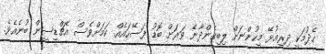
ހެދުމަކީ ދިރިއުޅޭ މީހުންނަށް ލިބިގެންދާނެ ވަރަށް ބޮޑު ފަސޭހައެއް ކަމަށްވެސް އެޗްޑީސީން ބުނެއެވެ.